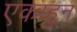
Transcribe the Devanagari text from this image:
एकाहुन